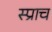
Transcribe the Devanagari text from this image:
स्प्राच